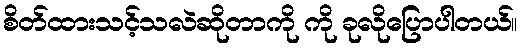
စိတ်ထားသင့်သလဲဆိုတာကို ကို ခုလိုပြောပါတယ်။